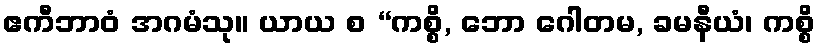
ဧကီဘာဝံ အဂမံသု။ ယာယ စ “ကစ္စိ, ဘော ဂေါတမ, ခမနီယံ၊ ကစ္စိ